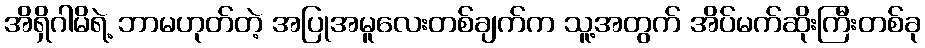
အိရှိဂါမိရဲ့ ဘာမဟုတ်တဲ့ အပြုအမူလေးတစ်ချက်က သူ့အတွက် အိပ်မက်ဆိုးကြီးတစ်ခု